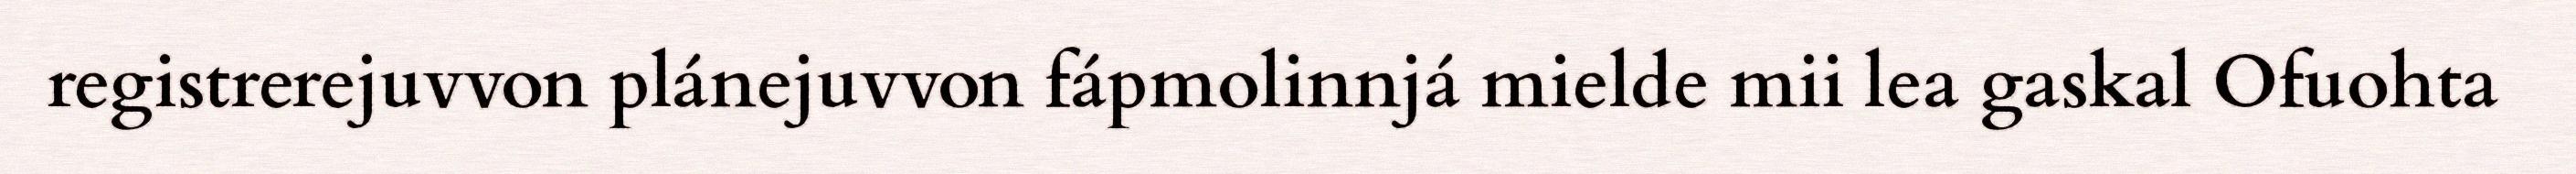
registrerejuvvon plánejuvvon fápmolinnjá mielde mii lea gaskal Ofuohta